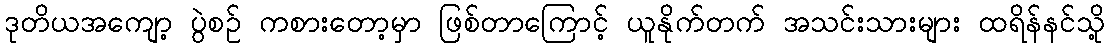
ဒုတိယအကျော့ ပွဲစဉ် ကစားတော့မှာ ဖြစ်တာကြောင့် ယူနိုက်တက် အသင်းသားများ ထရိန်နင်သို့